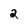
Character: 2